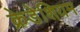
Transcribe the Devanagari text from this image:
क्रेडेशियम